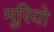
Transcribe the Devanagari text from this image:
मूरियो